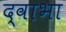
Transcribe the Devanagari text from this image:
द्वाभा